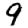
Digit: 9